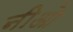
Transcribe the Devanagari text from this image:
नीओ